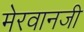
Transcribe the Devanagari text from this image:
मेरवानजी